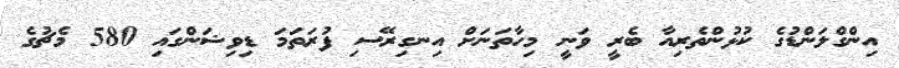
އިންގްލަންޑުގެ ކުޅުންތެރިއާ ބެރީ ވަނީ މިހާތަނަށް އިނގިރޭސި ފުރަތަމަ ޑިވިޝަންގައި 580 މެޗުގެ